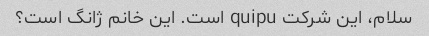
سلام، این شرکت quipu است. این خانم ژانگ است؟